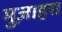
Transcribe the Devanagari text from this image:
मुज़ाहरा